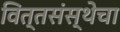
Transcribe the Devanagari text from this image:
वित्तसंस्थेचा